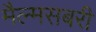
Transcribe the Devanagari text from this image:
मैल्मसबरी